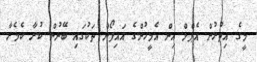
މީގެ އިތުރުން އެޕްލް އިން އެމީހުންގެ އައިފޯން ތަކުގައި ބޭނުން ކުރާ ކެމެރާ